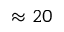
\approx 2 0